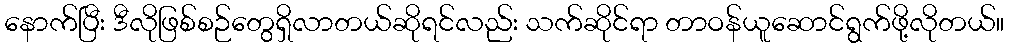
နောက်ပြီး ဒီလိုဖြစ်စဉ်တွေရှိလာတယ်ဆိုရင်လည်း သက်ဆိုင်ရာ တာဝန်ယူဆောင်ရွက်ဖို့လိုတယ်။